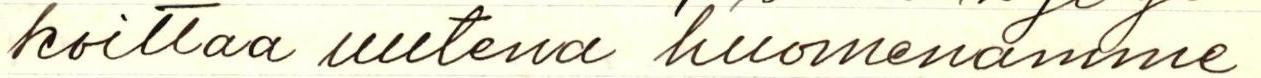
koittaa uutena huomenamme